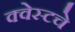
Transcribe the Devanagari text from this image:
क्वेस्टचे